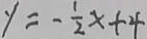
y = - \frac { 1 } { 2 } x + 4